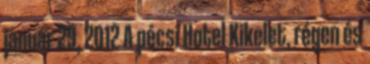
január 29, 2012 A pécsi Hotel Kikelet, régen és